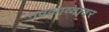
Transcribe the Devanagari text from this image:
नवकाव्यावर